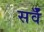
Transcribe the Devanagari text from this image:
सर्वँ